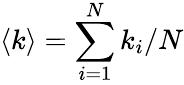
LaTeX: \langle k\rangle=\sum_{i=1}^{N}k_{i}/N